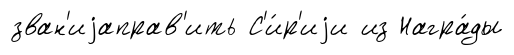
зван'иjаправ'ить С'и́р'иjи из Награ́ды